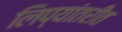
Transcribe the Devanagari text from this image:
लिप्यांतरीत